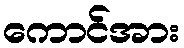
ကောင်အား